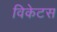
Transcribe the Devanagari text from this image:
विकेटस